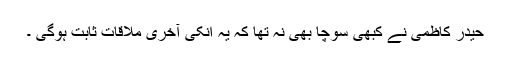
حیدر کاظمی نے کبھی سوچا بھی نہ تھا کہ یہ انکی آخری ملاقات ثابت ہوگی ۔